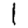
Digit: 1